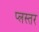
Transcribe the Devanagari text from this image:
प्लस्तर